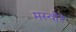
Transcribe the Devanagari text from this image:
मस्वौरे